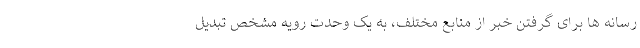
رسانه ها برای گرفتن خبر از منابع مختلف، به یک وحدت رویه مشخص تبدیل